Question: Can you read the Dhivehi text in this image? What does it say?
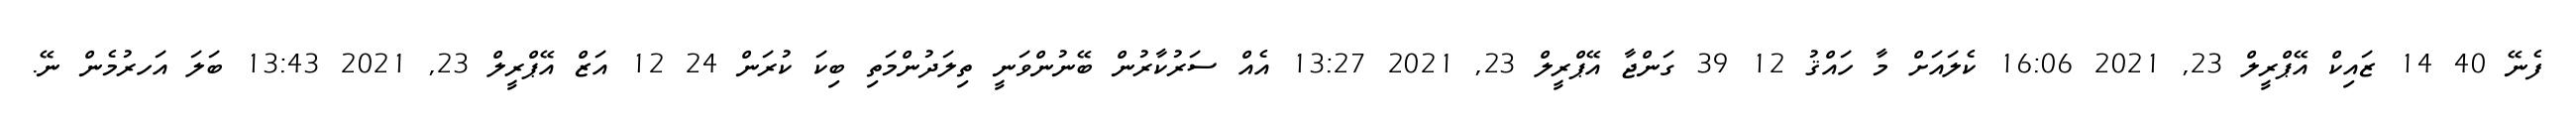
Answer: ފެނޭ 40 14 ޒައިކް އޭޕްރީލް 23, 2021 16:06 ކެލައަށް މާ ހައްޤު 12 39 ގަންޖާ އޭޕްރީލް 23, 2021 13:27 އެއް ސަރުކާރުން ބޭނުންވަނީ ތިލަދުންމަތި ބިކަ ކުރަން 24 12 އަޒް އޭޕްރީލް 23, 2021 13:43 ބަލަ އަހރުމެން ނޭ.